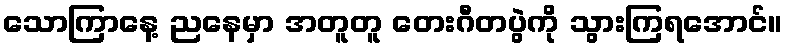
သောကြာနေ့ ညနေမှာ အတူတူ တေးဂီတပွဲကို သွားကြရအောင်။